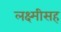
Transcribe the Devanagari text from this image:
लक्ष्मीसह